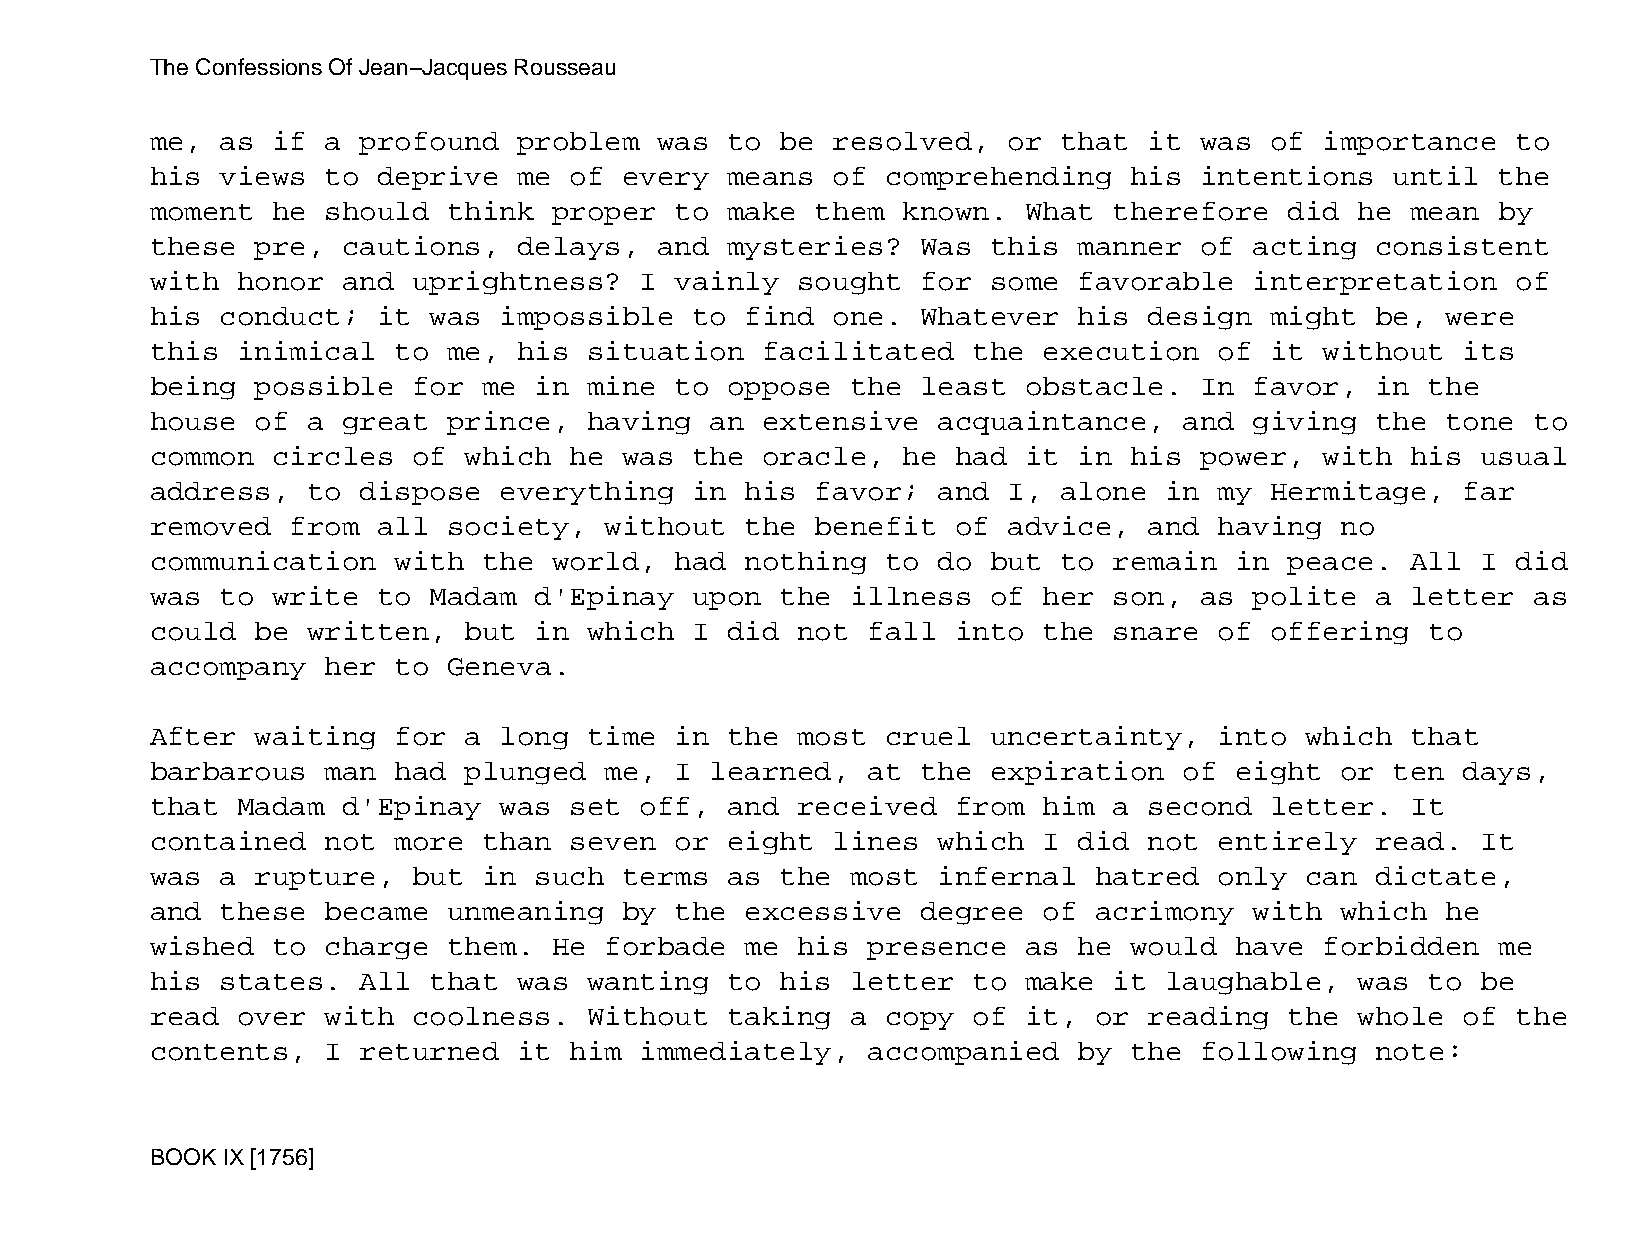
The Confessions Of Jean−Jacques Rousseau
 me,  as if  a profound  problem   was to  be resolved,   or that  it was  of  importance  to
 his  views  to deprive  me  of every  means  of  comprehending   his intentions   until  the
 moment  he  should  think  proper  to make  them  known.  What  therefore  did  he mean  by
 these  pre,  cautions,  delays,   and mysteries?   Was  this manner  of  acting  consistent
 with  honor  and uprightness?   I  vainly  sought  for  some favorable   interpretation   of
 his  conduct;  it was  impossible   to find  one.  Whatever  his  design  might  be,  were
 this  inimical  to  me, his  situation  facilitated   the  execution   of it  without  its
 being  possible  for  me in  mine  to oppose  the  least  obstacle.  In  favor,  in  the
 house  of a  great  prince,  having  an extensive   acquaintance,   and  giving  the  tone to
 common  circles  of  which  he was  the oracle,   he had  it in  his power,   with his  usual
 address,  to  dispose  everything   in his  favor;  and  I, alone  in  my Hermitage,   far
 removed  from  all  society,  without  the  benefit  of  advice,  and  having  no
 communication   with  the  world,  had nothing   to do  but to  remain  in peace.  All  I did
 was  to write  to Madam  d'Epinay   upon  the illness   of her  son, as  polite  a letter  as
 could  be written,   but in  which  I did  not fall  into  the  snare  of offering   to
 accompany   her to  Geneva.
 After  waiting  for  a long  time  in the  most  cruel  uncertainty,   into which  that
 barbarous   man had  plunged  me,  I learned,  at  the  expiration  of  eight  or ten  days,
 that  Madam  d'Epinay  was  set off,  and  received  from  him  a second  letter.  It
 contained   not more  than  seven  or eight  lines  which  I did  not  entirely  read.  It
 was  a rupture,  but  in such  terms  as  the most  infernal  hatred   only can  dictate,
 and  these  became  unmeaning  by  the excessive   degree  of acrimony   with  which  he
 wished  to  charge  them.  He forbade  me  his presence   as he  would  have  forbidden  me
 his  states.  All that  was  wanting  to  his letter  to  make  it laughable,   was  to be
 read  over  with coolness.   Without  taking  a  copy of  it, or  reading  the  whole  of the
 contents,   I returned  it  him immediately,   accompanied   by  the following   note:
 BOOK IX [1756]